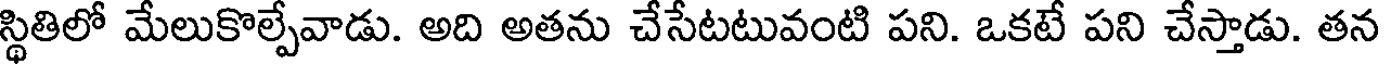
స్థితిలో మేలుకొల్పేవాడు. అది అతను చేసేటటువంటి పని. ఒకటే పని చేస్తాడు. తన